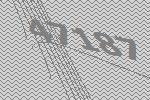
47187